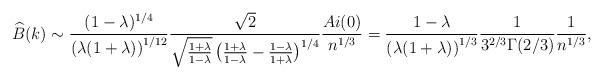
LaTeX: \begin{align*}\widehat{B}(k) & \sim\frac{(1-\lambda)^{1/4}}{\left(\lambda(1+\lambda)\right)^{1/12}}\frac{\sqrt{2}}{\sqrt{\frac{1+\lambda}{1-\lambda}}\left(\frac{1+\lambda}{1-\lambda}-\frac{1-\lambda}{1+\lambda}\right)^{1/4}}\frac{Ai(0)}{n^{1/3}}=\frac{1-\lambda}{\left(\lambda(1+\lambda)\right)^{1/3}}\frac{1}{3^{2/3}\Gamma(2/3)}\frac{1}{n^{1/3}},\end{align*}